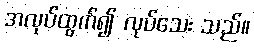
အလုပ်ထွက်၍ လုပ်သေး သည်။